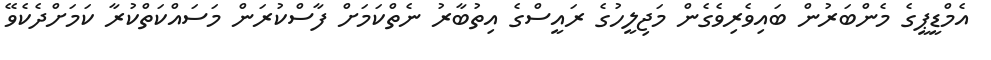
އެމްޑީޕީގެ މެންބަރުން ބައިވެރިވެގެން މަޖިލީހުގެ ރައީސްގެ އިތުބާރު ނެތްކަމަށް ފާސްކުރަން މަސައްކަތްކުރާ ކަމަށްދެކެވޭ